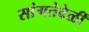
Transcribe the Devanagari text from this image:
सांगतेवेळीं